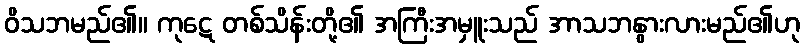
ဝိသဘမည်၏။ ကုဋေ တစ်သိန်းတို့၏ အကြီးအမှူးသည် အာသဘနွားလားမည်၏ဟု